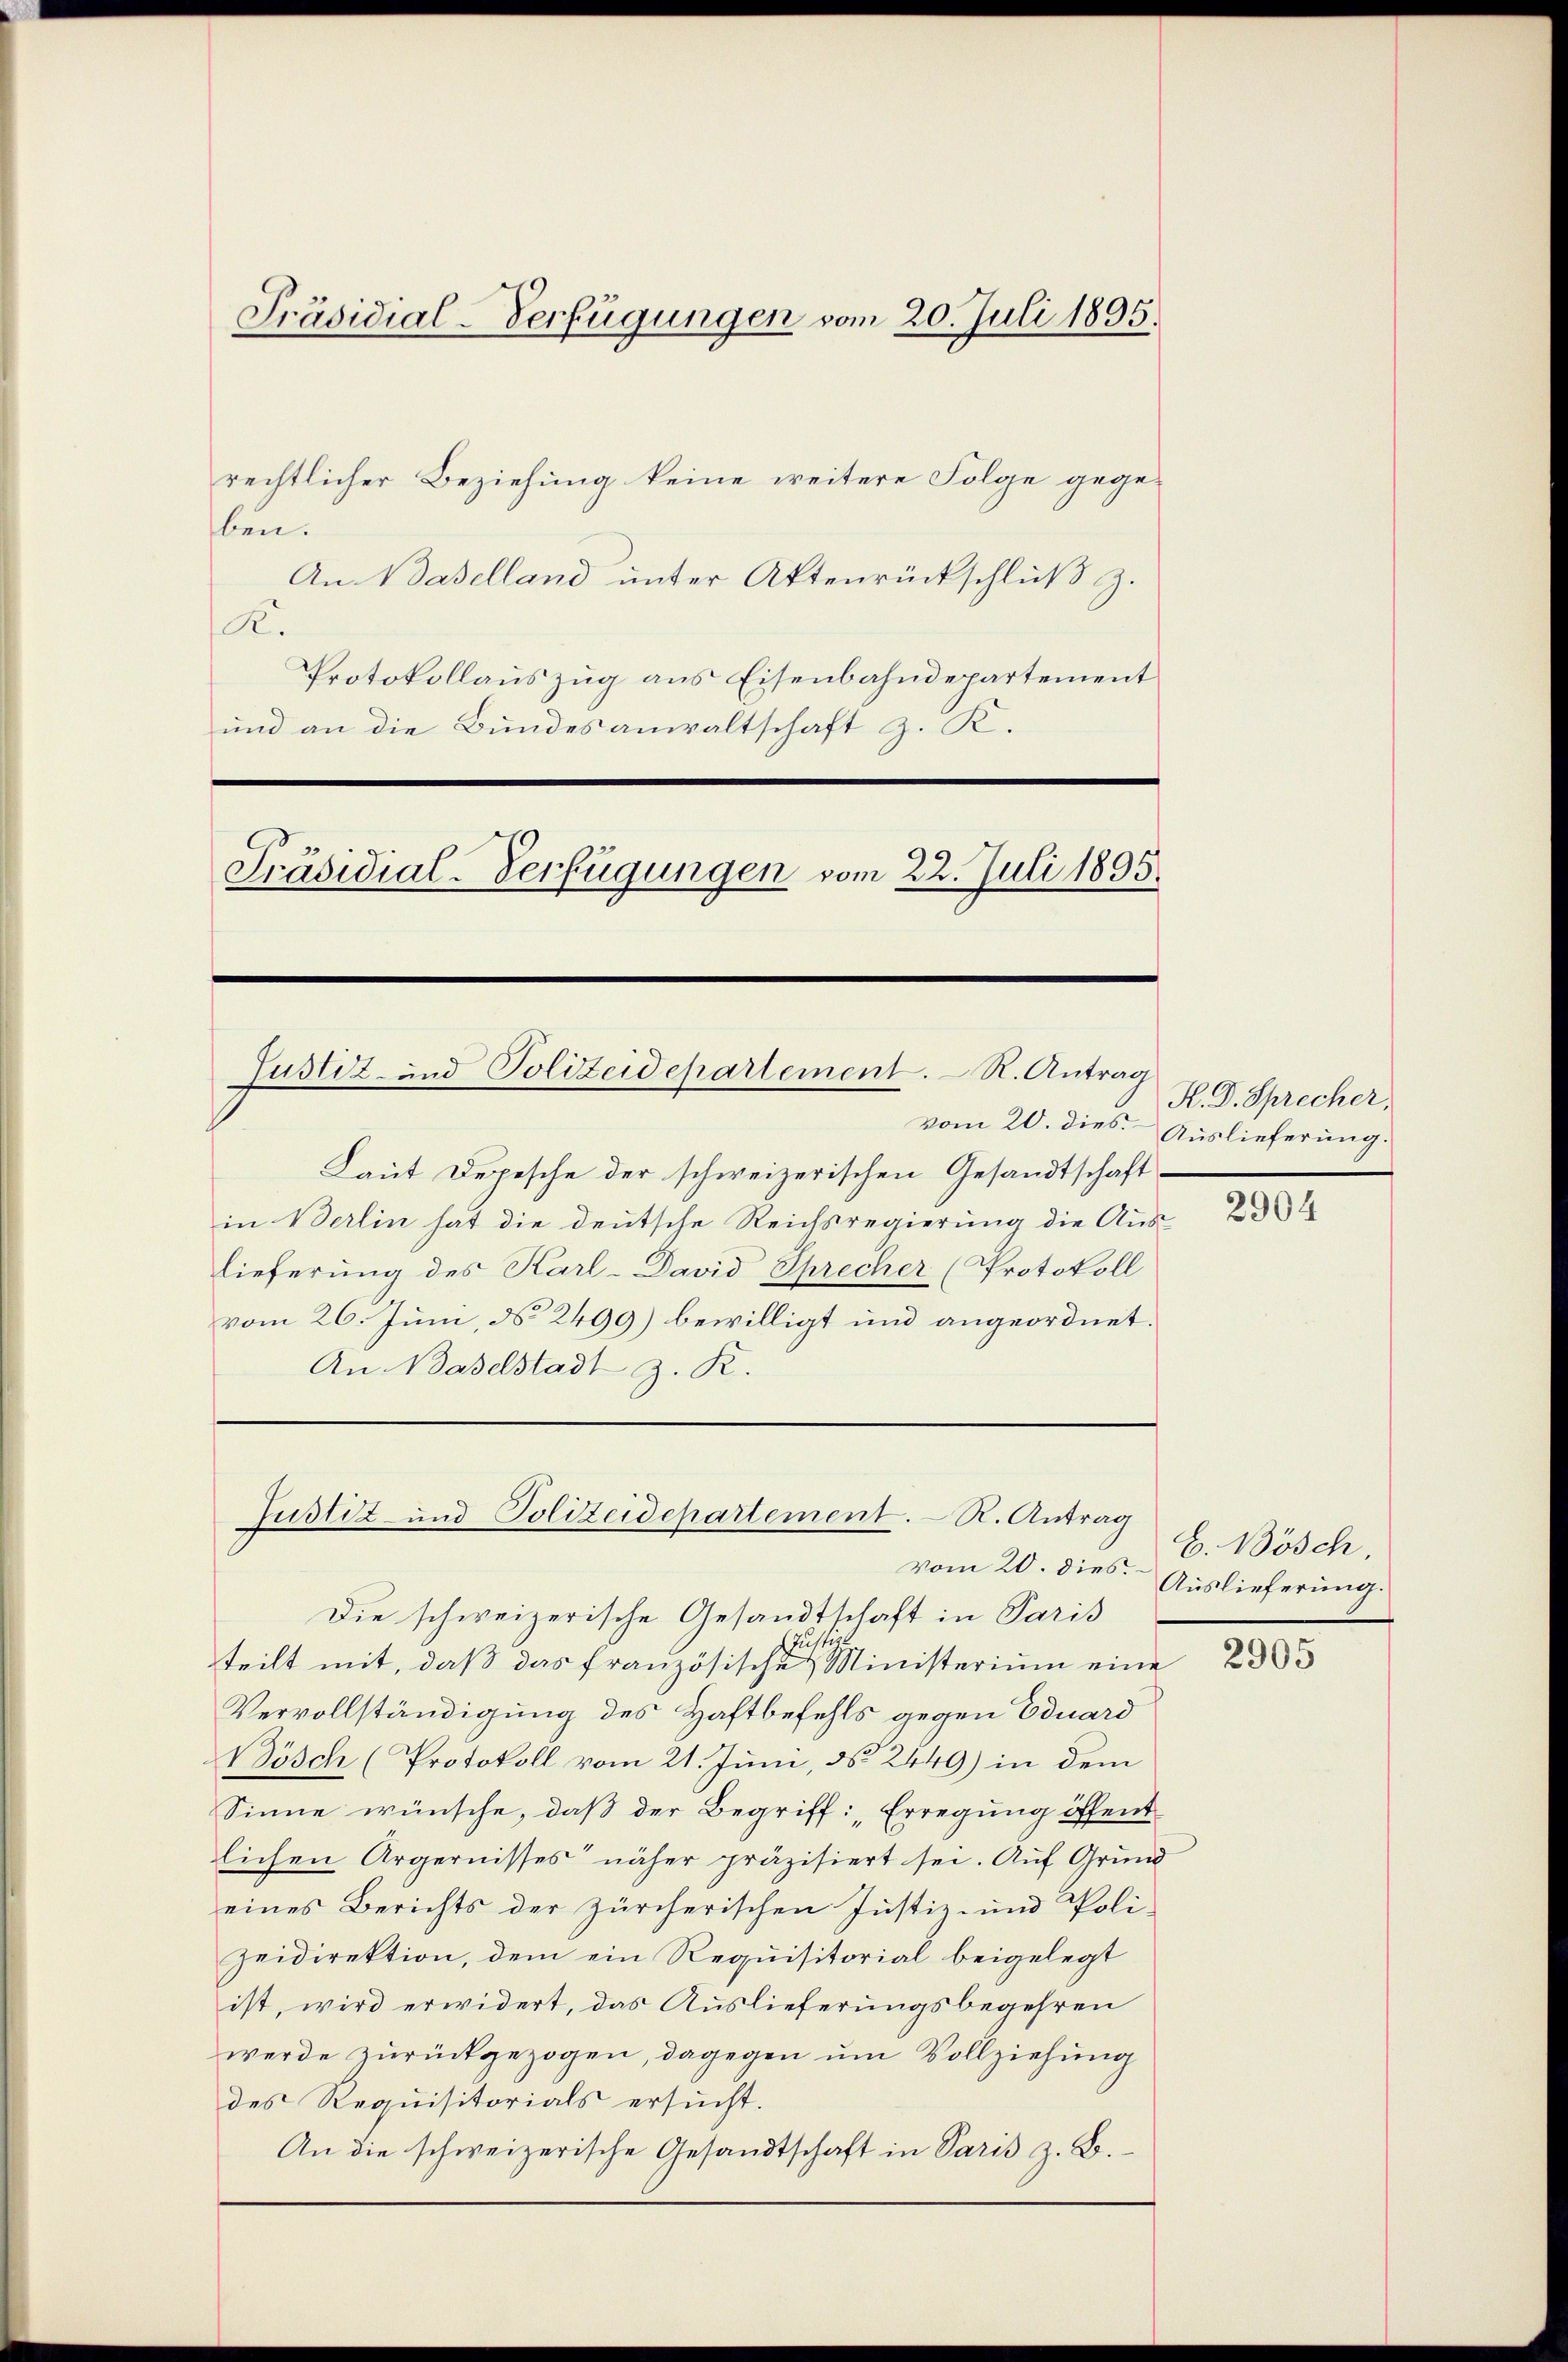
rechtlicher Beziehung keine weitere Folge gege-
ben.
An Naselland unter Aktenrückschluß z.
K.
Protokollauszug aus Eisenbahndepartement
und an die Bundesanwaltschaft z. K.
Präsidial-Verfügungen vom 22. Juli 1895.

Präsidial-Verfügungen vom 20. Juli 1895.

Justiz- und Polizeidepartement. R. Antrag

Justiz und Polizeidepartement. R. Antrag

Laut Depesche der schweizerischen Gesandtschaftin Berlin hat die deutsche Reichsregierung die Aus-
lieferung des Karl-David Sprecher (Protokoll
vom 26. Juni, d. 2499) bewilligt und angeordnet.
An Baselstadt z. R.

K. D. Sprecher,
vom 20. dies Auslieferung.

vom 20. dies
Die schweizerische Gesandtschaft in Paris
usti
teilt mit, daß das französische Ministerium eine
Vervollständigung des Haftbefehls gegen Eduard
Bösch (Protokoll vom 21. Juni, d. 2449) in dem
Sinne wünsche, daß der Begriff: „Erregung öffent
lichen Ärgernisses näher präzisiert sei. Auf Grund
eines Berichts der zürcherischen Justiz- und Poli-
Zeidirektion, dem ein Requisitorial beigelegt
ist, wird erwidert, das Auslieferungsbegehren
werde zurückgezogen, dagegen um Vollziehung
des Requisitorials ersucht.
An die schweizerische Gesandtschaft in Paris z. B.

2904

E. Bösch,
Auslieferung.

2905